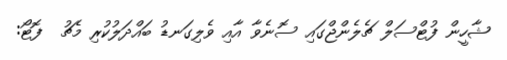
ޝާހީން ފުޓްސަލް ޗެލެންޖްގައި ސޮނެވާ އާއި ވެލިގަނޑު ބައްދަލުކުރި މެޗު  ފޮޓޯ: